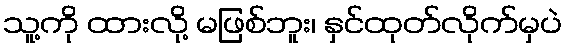
သူ့ကို ထားလို့ မဖြစ်ဘူး၊ နှင်ထုတ်လိုက်မှပဲ